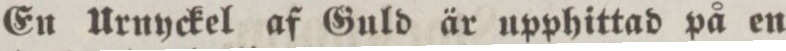
En Urnyckel af Guld är upphittad på en